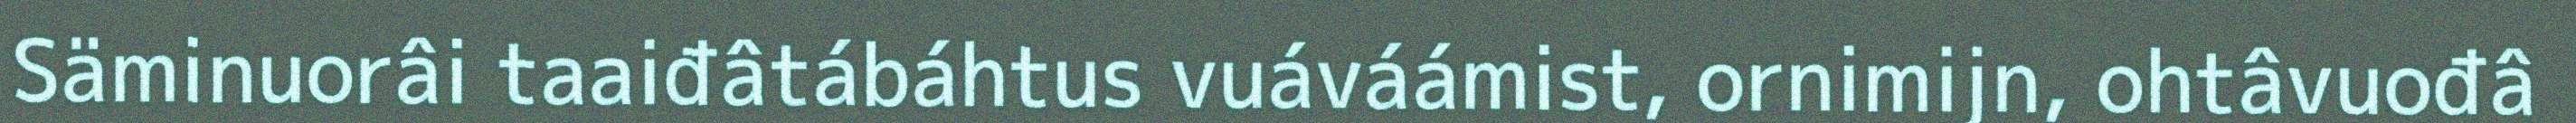
Säminuorâi taaiđâtábáhtus vuáváámist, ornimijn, ohtâvuođâ